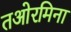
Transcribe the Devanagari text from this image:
तओरमिना